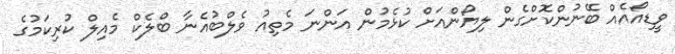
ވީޑިއޯއެއް ބޭނުންކޮށްގެން ލިޔޯންއަށް ކުޅެމުން އަންނަ މެތިއު ވެލްބުއެނާ ބްލެކް މެއިލް ކުރިކަމުގެ